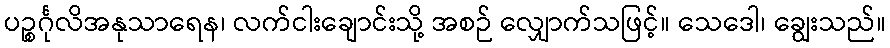
ပဉ္စင်္ဂုလိအနုသာရေန၊ လက်ငါးချောင်းသို့ အစဉ် လျှောက်သဖြင့်။ သေဒေါ၊ ချွေးသည်။